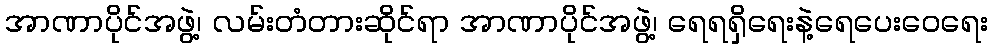
အာဏာပိုင်အဖွဲ့၊ လမ်းတံတားဆိုင်ရာ အာဏာပိုင်အဖွဲ့၊ ရေရရှိရေးနဲ့ရေပေးဝေရေး